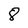
Character: 8